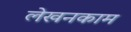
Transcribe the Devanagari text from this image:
लेखनकाम